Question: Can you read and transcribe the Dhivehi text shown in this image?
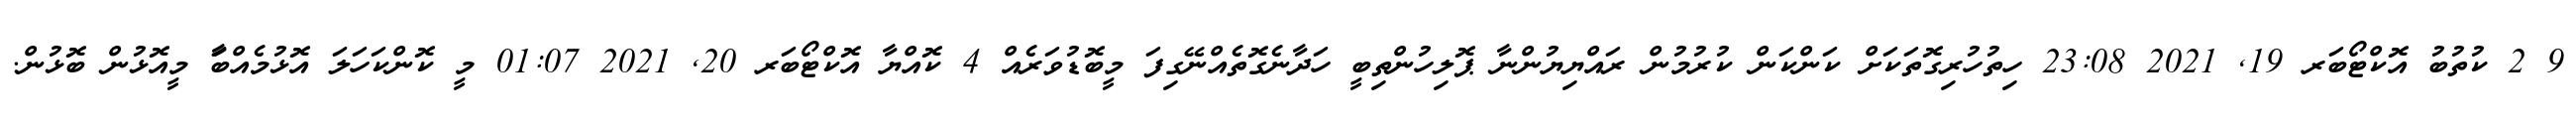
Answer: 9 2 ކުތުބު އޮކްޓޯބަރ 19, 2021 23:08 ހިތުހުރިގޮތަކަށް ކަންކަން ކުރުމުން ރައްޔިޔުންނާ ޕޮލިހުންތިބީ ހަދާނެގޮތެއްނޭގިފަ މީބޮޑުވަރެއް 4 ކޮއްޔާ އޮކްޓޯބަރ 20, 2021 01:07 މީ ކޮންކަހަލަ އޮޅުމެއްބާަ މީއޮޅުން ބޮޅުން.